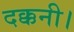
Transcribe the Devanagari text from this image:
दक्कनी।